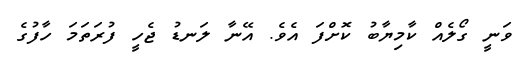
ވަނީ ގޯލެއް ކާމިޔާބު ކޮށްފަ އެވެ. އޭނާ ލަނޑު ޖެހީ ފުރަތަމަ ހާފުގެ